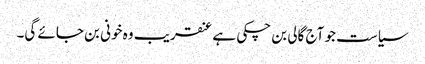
سیاست جو آج گالی بن چکی ہے عنقریب وہ خونی بن جائے گی۔